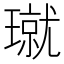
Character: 𪼝